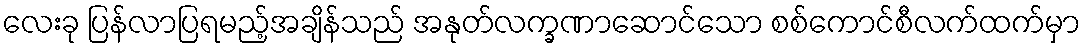
လေးခု ပြန်လာပြရမည့်အချိန်သည် အနုတ်လက္ခဏာဆောင်သော စစ်ကောင်စီလက်ထက်မှာ